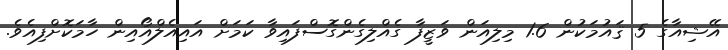
އޭޝިއާގެ 5 ޤައުމަކުން 1.6 މިލިއަން ވަޒީފާ ގެއްލިގެންގޮސްފައިވާ ކަމަށް އައިއެލްއޯއިން ހާމަކޮށްފިއެވެ.